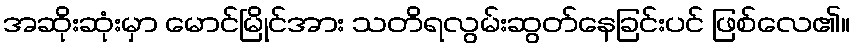
အဆိုးဆုံးမှာ မောင်မြိုင်အား သတိရလွမ်းဆွတ်နေခြင်းပင် ဖြစ်လေ၏။